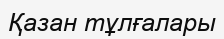
Қазан тұлғалары